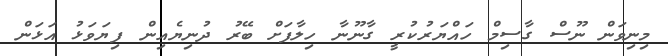
މިނިވަން ނޫސް ގާސިިމް ހައްޔަރުކުރީ ގާނޫނާ ހިލާފަށް ބޭރު ދުނިޔެއިން ފިޔަވަޅު އަޅަން